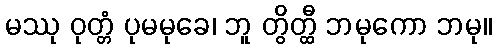
မဿု ဝုတ္တံ ပုမမုခေ၊ ဘူ တွိတ္ထီ ဘမုကော ဘမု။